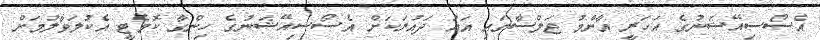
އެސޯސިއޭޝަނުގެ އަހަރީ އާންމު ޖަލްސާގައި އައު ދައުރަކަށް އެސޯސިއޭޝަނުގެ ހިންގާ ކޮމެޓީ އެކުލަވާލުމަށް